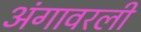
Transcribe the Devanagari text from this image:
अंगावरली